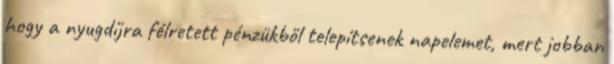
hogy a nyugdíjra félretett pénzükből telepítsenek napelemet, mert jobban